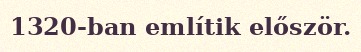
1320-ban említik először.